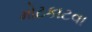
મોટકાટવા